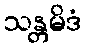
သန္တမိဒံ